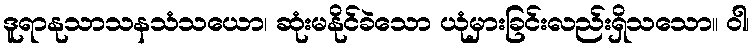
ဒူရာနုသာသနသံသယော၊ ဆုံးမနိုင်ခဲသော ယုံမှားခြင်းလည်းရှိသသော။ ဝါ၊